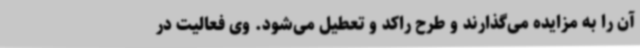
آن را به مزایده می‌گذارند و طرح راکد و تعطیل می‌شود. وی فعالیت در